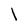
Character: l